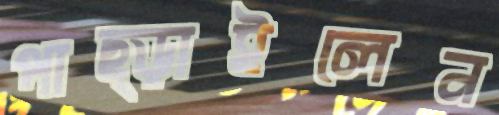
পাছ্‌ড়াইলেন